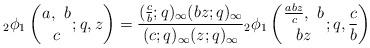
LaTeX: \begin{align*}{}_2\phi_1 \left(\genfrac{}{}{0pt}{}{a,\ b}{c};q,z \right) = \frac{(\frac{c}{b};q)_\infty (bz;q)_\infty}{(c;q)_\infty(z;q)_\infty} {}_2\phi_1 \left(\genfrac{}{}{0pt}{}{\frac{abz}{c},\ b}{bz};q,\frac{c}{b} \right) \end{align*}